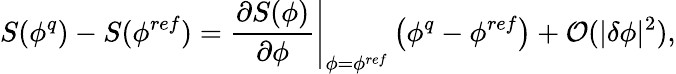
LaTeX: {S}(\phi^{q})-{S}(\phi^{ref})=\left.\frac{\partial{S}(\phi)}{\partial\phi}\right\rvert_{\phi=\phi^{ref}}\left(\phi^{q}-\phi^{ref}\right)+{\cal O}(\lvert\delta\phi\rvert^{2}),